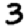
Digit: 3